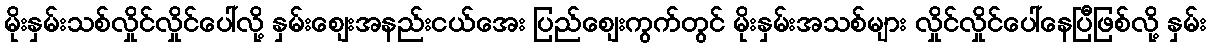
မိုးနှမ်းသစ်လှိုင်လှိုင်ပေါ်လို့ နှမ်းဈေးအနည်းငယ်အေး ပြည်ဈေးကွက်တွင် မိုးနှမ်းအသစ်များ လှိုင်လှိုင်ပေါ်နေပြီဖြစ်လို့ နှမ်း